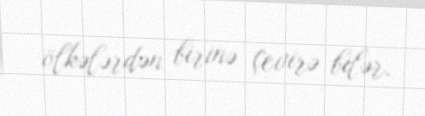
ölkələrdən birinə çevirə bilər.